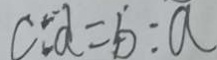
C : d = b : a